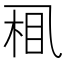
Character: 𱎈